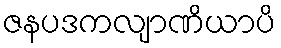
ဇနပဒကလျာဏိယာပိ